Lunatic asylums in Bengal annual reports 1899-1911 - 1899-1911
Year: 1899
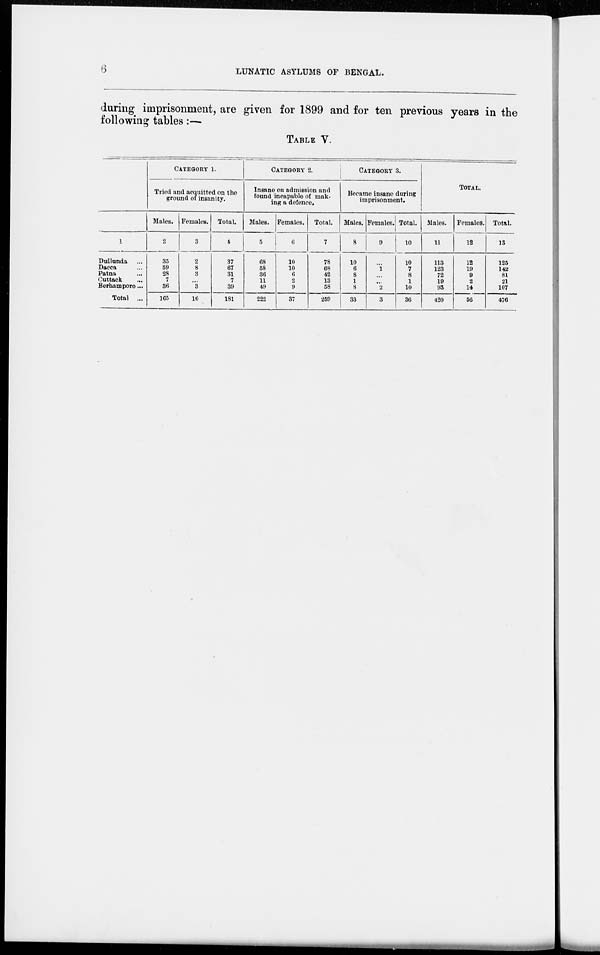
6
LUNATIC ASYLUMS OF BENGAL.
during imprisonment, are given for 1899 and for ten previous years in the
following tables:—
TABLE V.
1
Dullunda ...
Dacca ...
Patna ...
Cuttack ...
Berhampore ...
Total ...
CATEGORY 1.
Tried and acquitted on the
ground of insanity.
Males.
2
35
59
28
7
36
165
Females.
3
2
8
3
...
3
16
Total.
4
37
67
31
7
39
181
CATEGORY 2.
Insane on admission and
found incapable of mak-
ing a defence.
Males.
5
68
58
36
11
49
222
Females.
6
10
10
6
2
9
37
Total.
7
78
68
42
13
58
259
CATEGORY 3.
Became insane during
imprisonment.
Males.
8
10
6
8
1
8
33
Females.
9
...
1
...
...
2
3
Total.
10
10
7
8
1
10
36
TOTAL.
Males.
11
113
123
72
19
93
420
Females.
12
12
19
9
2
14
56
Total.
13
125
142
81
21
107
476